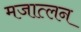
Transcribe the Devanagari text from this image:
मजात्लन